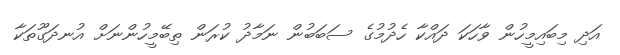
އަދި މިބައިމީހުން ވާހަކަ ދައްކާ ހެދުމުގެ ސަބަބުން ނަމާދު ކުރަން ތިބޭމީހުންނަށް އުނދަގޫތަކާ